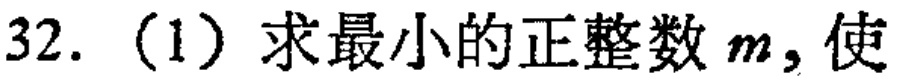
32. (1) 求最小的正整数 \(m\)，使